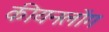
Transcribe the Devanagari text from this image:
कीयनलोंग